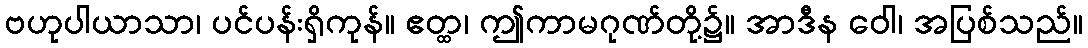
ဗဟုပါယာသာ၊ ပင်ပန်းရှိကုန်။ ဧတ္ထ၊ ဤကာမဂုဏ်တို့၌။ အာဒီန ဝေါ၊ အပြစ်သည်။